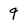
Character: q